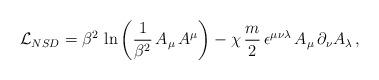
LaTeX: \begin{align*}{\cal L}_{NSD} = \beta^2\,\ln\left(\frac{1}{\beta^2}\,A_{\mu}\,A^{\mu}\right) - \chi\,\frac{m}{2}\,\epsilon^{\mu\nu\lambda}\,A_{\mu}\, \partial_{\nu}A_{\lambda}\,, \end{align*}